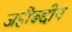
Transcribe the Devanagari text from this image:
जहीरूद्दीन